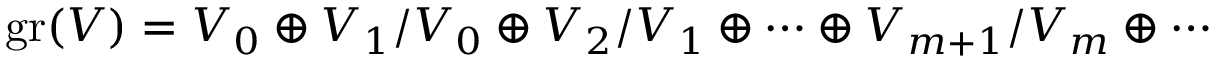
\mathrm { g r } ( { \cal V } ) = { \cal V } _ { 0 } \oplus { \cal V } _ { 1 } / { \cal V } _ { 0 } \oplus { \cal V } _ { 2 } / { \cal V } _ { 1 } \oplus \cdots \oplus { \cal V } _ { m + 1 } / { \cal V } _ { m } \oplus \cdots